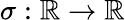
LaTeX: \sigma:\mathbb{R}\rightarrow\mathbb{R}